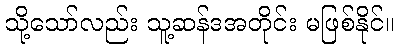
သို့သော်လည်း သူ့ဆန်ဒအတိုင်း မဖြစ်နိုင်။